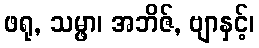
ဖရု, သမ္ဖာ၊ အဘိဇ်, ဗျာနှင့်၊